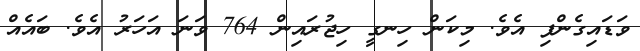
ވަޑައިގެންފި އެވެ. މިކަން ހިނގީ ހިޖުރައިން 764 ވަނަ އަހަރު އެވެ. ބައެއް